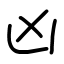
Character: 凶